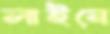
লাইনে